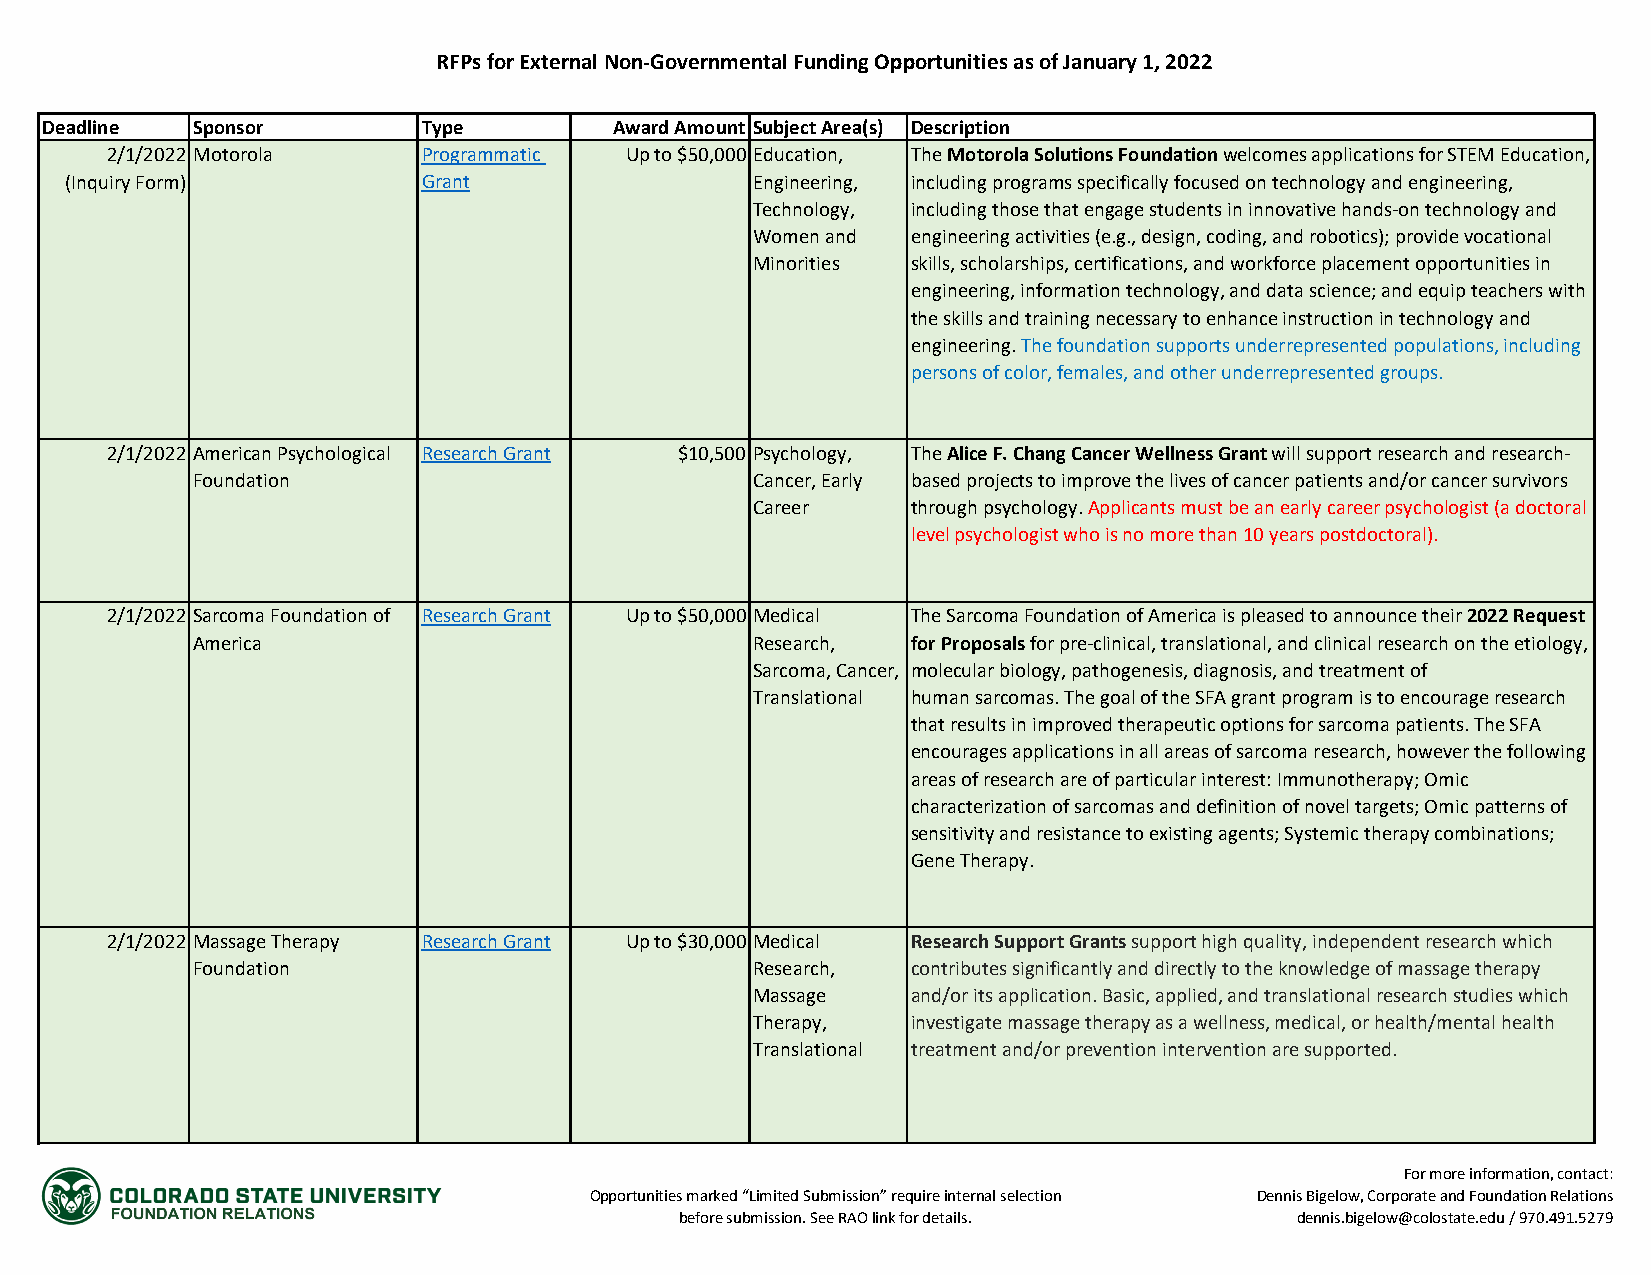
RFPs for External Non-Governmental Funding Opportunities as of January 1, 2022
 Deadline  Sponsor        Type         Award Amount Subject Area(s) Description
 2/1/2022 Motorola    Programmatic Up to $50,000 Education, The Motorola Solutions Foundation welcomes applications for STEM Education,
 (Inquiry Form)          Grant                 Engineering, including programs specifically focused on technology and engineering,
 Technology, including those that engage students in innovative hands-on technology and
 Women and engineering activities (e.g., design, coding, and robotics); provide vocational
 Minorities skills, scholarships, certifications, and workforce placement opportunities in
 engineering, information technology, and data science; and equip teachers with
 the skills and training necessary to enhance instruction in technology and
 engineering. The foundation supports underrepresented populations, including
 persons of color, females, and other underrepresented groups.
 2/1/2022 American Psychological Research Grant $10,500 Psychology, The Alice F. Chang Cancer Wellness Grant will support research and research-
 Foundation                           Cancer, Early based projects to improve the lives of cancer patients and/or cancer survivors
 Career    through psychology. Applicants must be an early career psychologist (a doctoral
 level psychologist who is no more than 10 years postdoctoral).
 2/1/2022 Sarcoma Foundation of Research Grant Up to $50,000 Medical The Sarcoma Foundation of America is pleased to announce their 2022 Request
 America                              Research, for Proposals for pre-clinical, translational, and clinical research on the etiology,
 Sarcoma, Cancer, molecular biology, pathogenesis, diagnosis, and treatment of
 Translational human sarcomas. The goal of the SFA grant program is to encourage research
 that results in improved therapeutic options for sarcoma patients. The SFA
 encourages applications in all areas of sarcoma research, however the following
 areas of research are of particular interest: Immunotherapy; Omic
 characterization of sarcomas and definition of novel targets; Omic patterns of
 sensitivity and resistance to existing agents; Systemic therapy combinations;
 Gene Therapy.
 2/1/2022 Massage Therapy Research Grant Up to $30,000 Medical Research Support Grants support high quality, independent research which
 Foundation                           Research, contributes significantly and directly to the knowledge of massage therapy
 Massage   and/or its application. Basic, applied, and translational research studies which
 Therapy,  investigate massage therapy as a wellness, medical, or health/mental health
 Translational treatment and/or prevention intervention are supported.
 For more information, contact:
 Opportunities marked “Limited Submission” require internal selection Dennis Bigelow, Corporate and Foundation Relations
 before submission. See RAO link for details. dennis.bigelow@colostate.edu / 970.491.5279